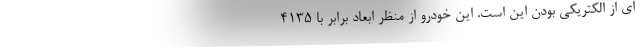
ای از الکتریکی بودن این است. این خودرو از منظر ابعاد برابر با 4135